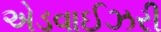
એડવાઈઝરી